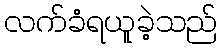
လက်ခံရယူခဲ့သည်